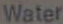
Water